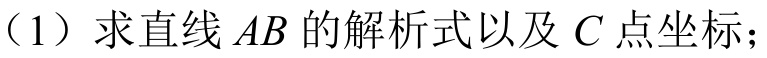
（1）求直线 \(AB\) 的解析式以及 \(C\) 点坐标；